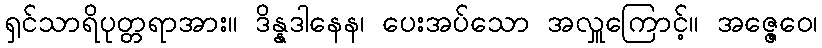
ရှင်သာရိပုတ္တရာအား။ ဒိန္နဒါနေန၊ ပေးအပ်သော အလှူကြောင့်။ အဇ္ဇေဝေ၊